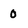
Character: 0